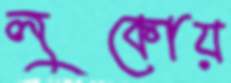
লুকোয়